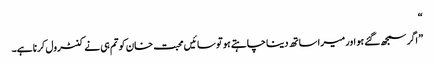
“
” اگر سمجھ گئے ہو اور میرا ساتھ دینا چاہتے ہو تو سائیں محبت خان کو تم ہی نے کنٹرول کرنا ہے۔